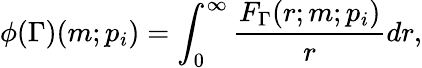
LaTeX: \phi(\Gamma)(m;p_{i})=\int_{0}^{\infty}\frac{F_{\Gamma}(r;m;p_{i})}{r}dr,